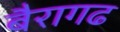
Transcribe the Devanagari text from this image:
बैरागढ